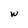
Character: w